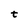
Character: t